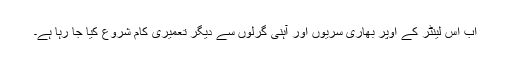
اب اس لینٹر کے اوپر بھاری سریوں اور آہنی گرلوں سے دیگر تعمیری کام شروع کیا جا رہا ہے۔